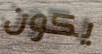
يكون